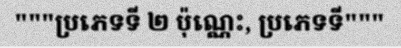
"""ប្រភេទទី ២ ប៉ុណ្ណេះ, ប្រភេទទី"""